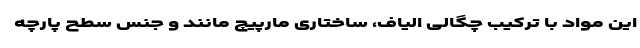
این مواد با ترکیب چگالی الیاف، ساختاری مارپیچ مانند و جنس سطح پارچه